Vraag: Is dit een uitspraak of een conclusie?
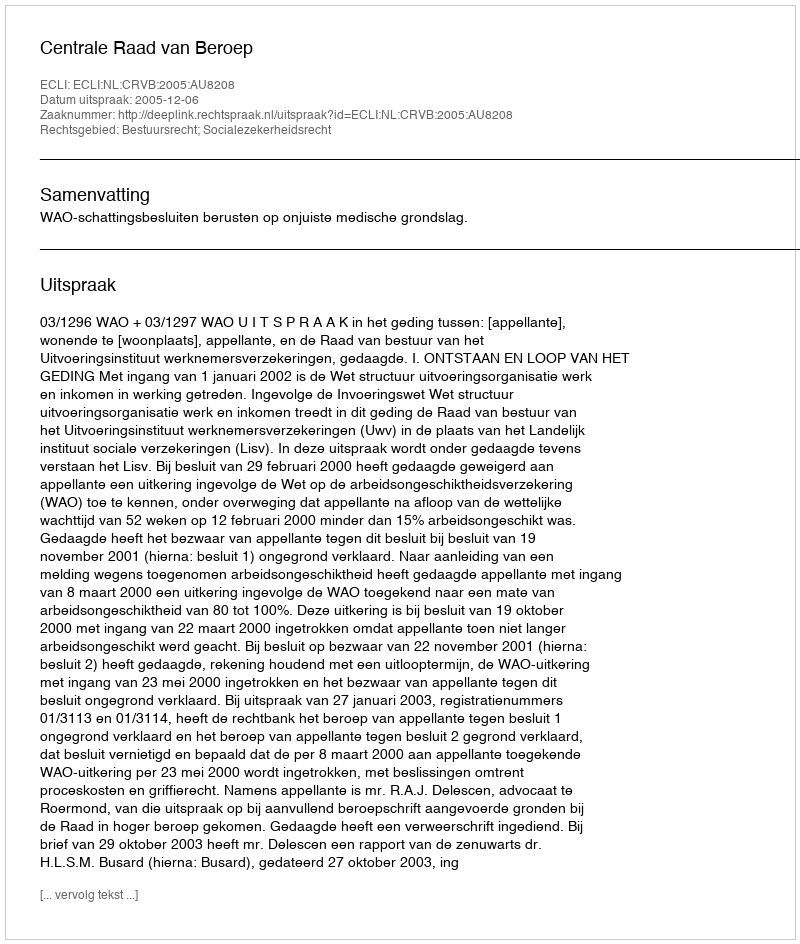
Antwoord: Uitspraak